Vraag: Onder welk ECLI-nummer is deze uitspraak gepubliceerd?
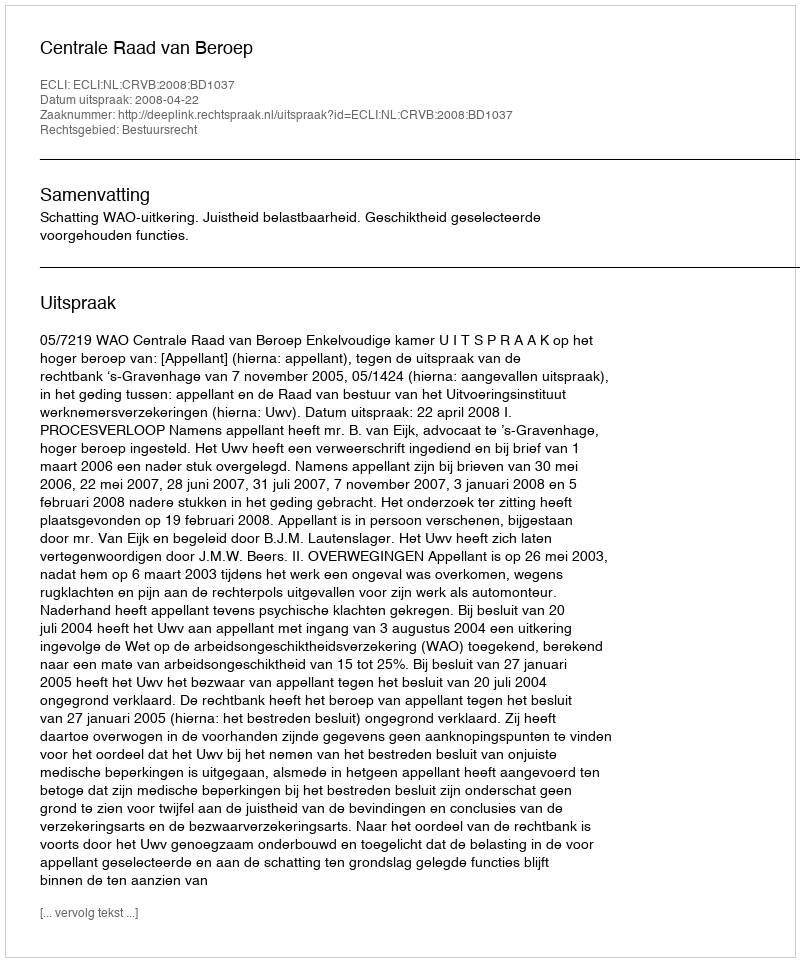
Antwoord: ECLI:NL:CRVB:2008:BD1037